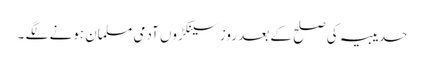
حدیبیہ کی صلح کے بعد روز سینکڑوں آدمی مسلمان ہونے لگے ۔